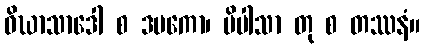
ဝိဃာသာဒေါ စ ဒမကော၊ ပိပါသာ တု စ တဿနံ။